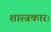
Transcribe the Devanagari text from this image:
शास्त्रकारः